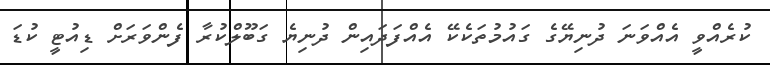
ކުރެއްވީ އެއްވަނަ ދުނިޔޭގެ ގައުމުތަކެކޭ އެއްފަދައިން ދުނިޔެ ގަބޫލްކުރާ ފެންވަރަށް ޑިއުޓީ ކުޑަ